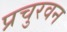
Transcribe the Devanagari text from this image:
प्रचुरवन